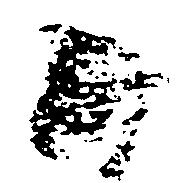
候